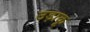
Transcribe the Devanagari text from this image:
उड़ाकू